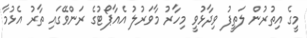
މީގެ އިތުރުން ލަތީފު ވިދާޅުވީ މިހާރު މާވަރުލު އެއާޕޯޓުގެ ރަންވޭގައި ތާރު އެޅުމާ